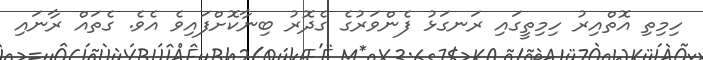
ހިމިތި އޮތްއިރު ހިމިތީގައި ރަނގަޅު ފެންވަރުގެ ގެދޮރު ބިނާކޮށްފައިވެ އެވެ. ގެތައް ރާނައި